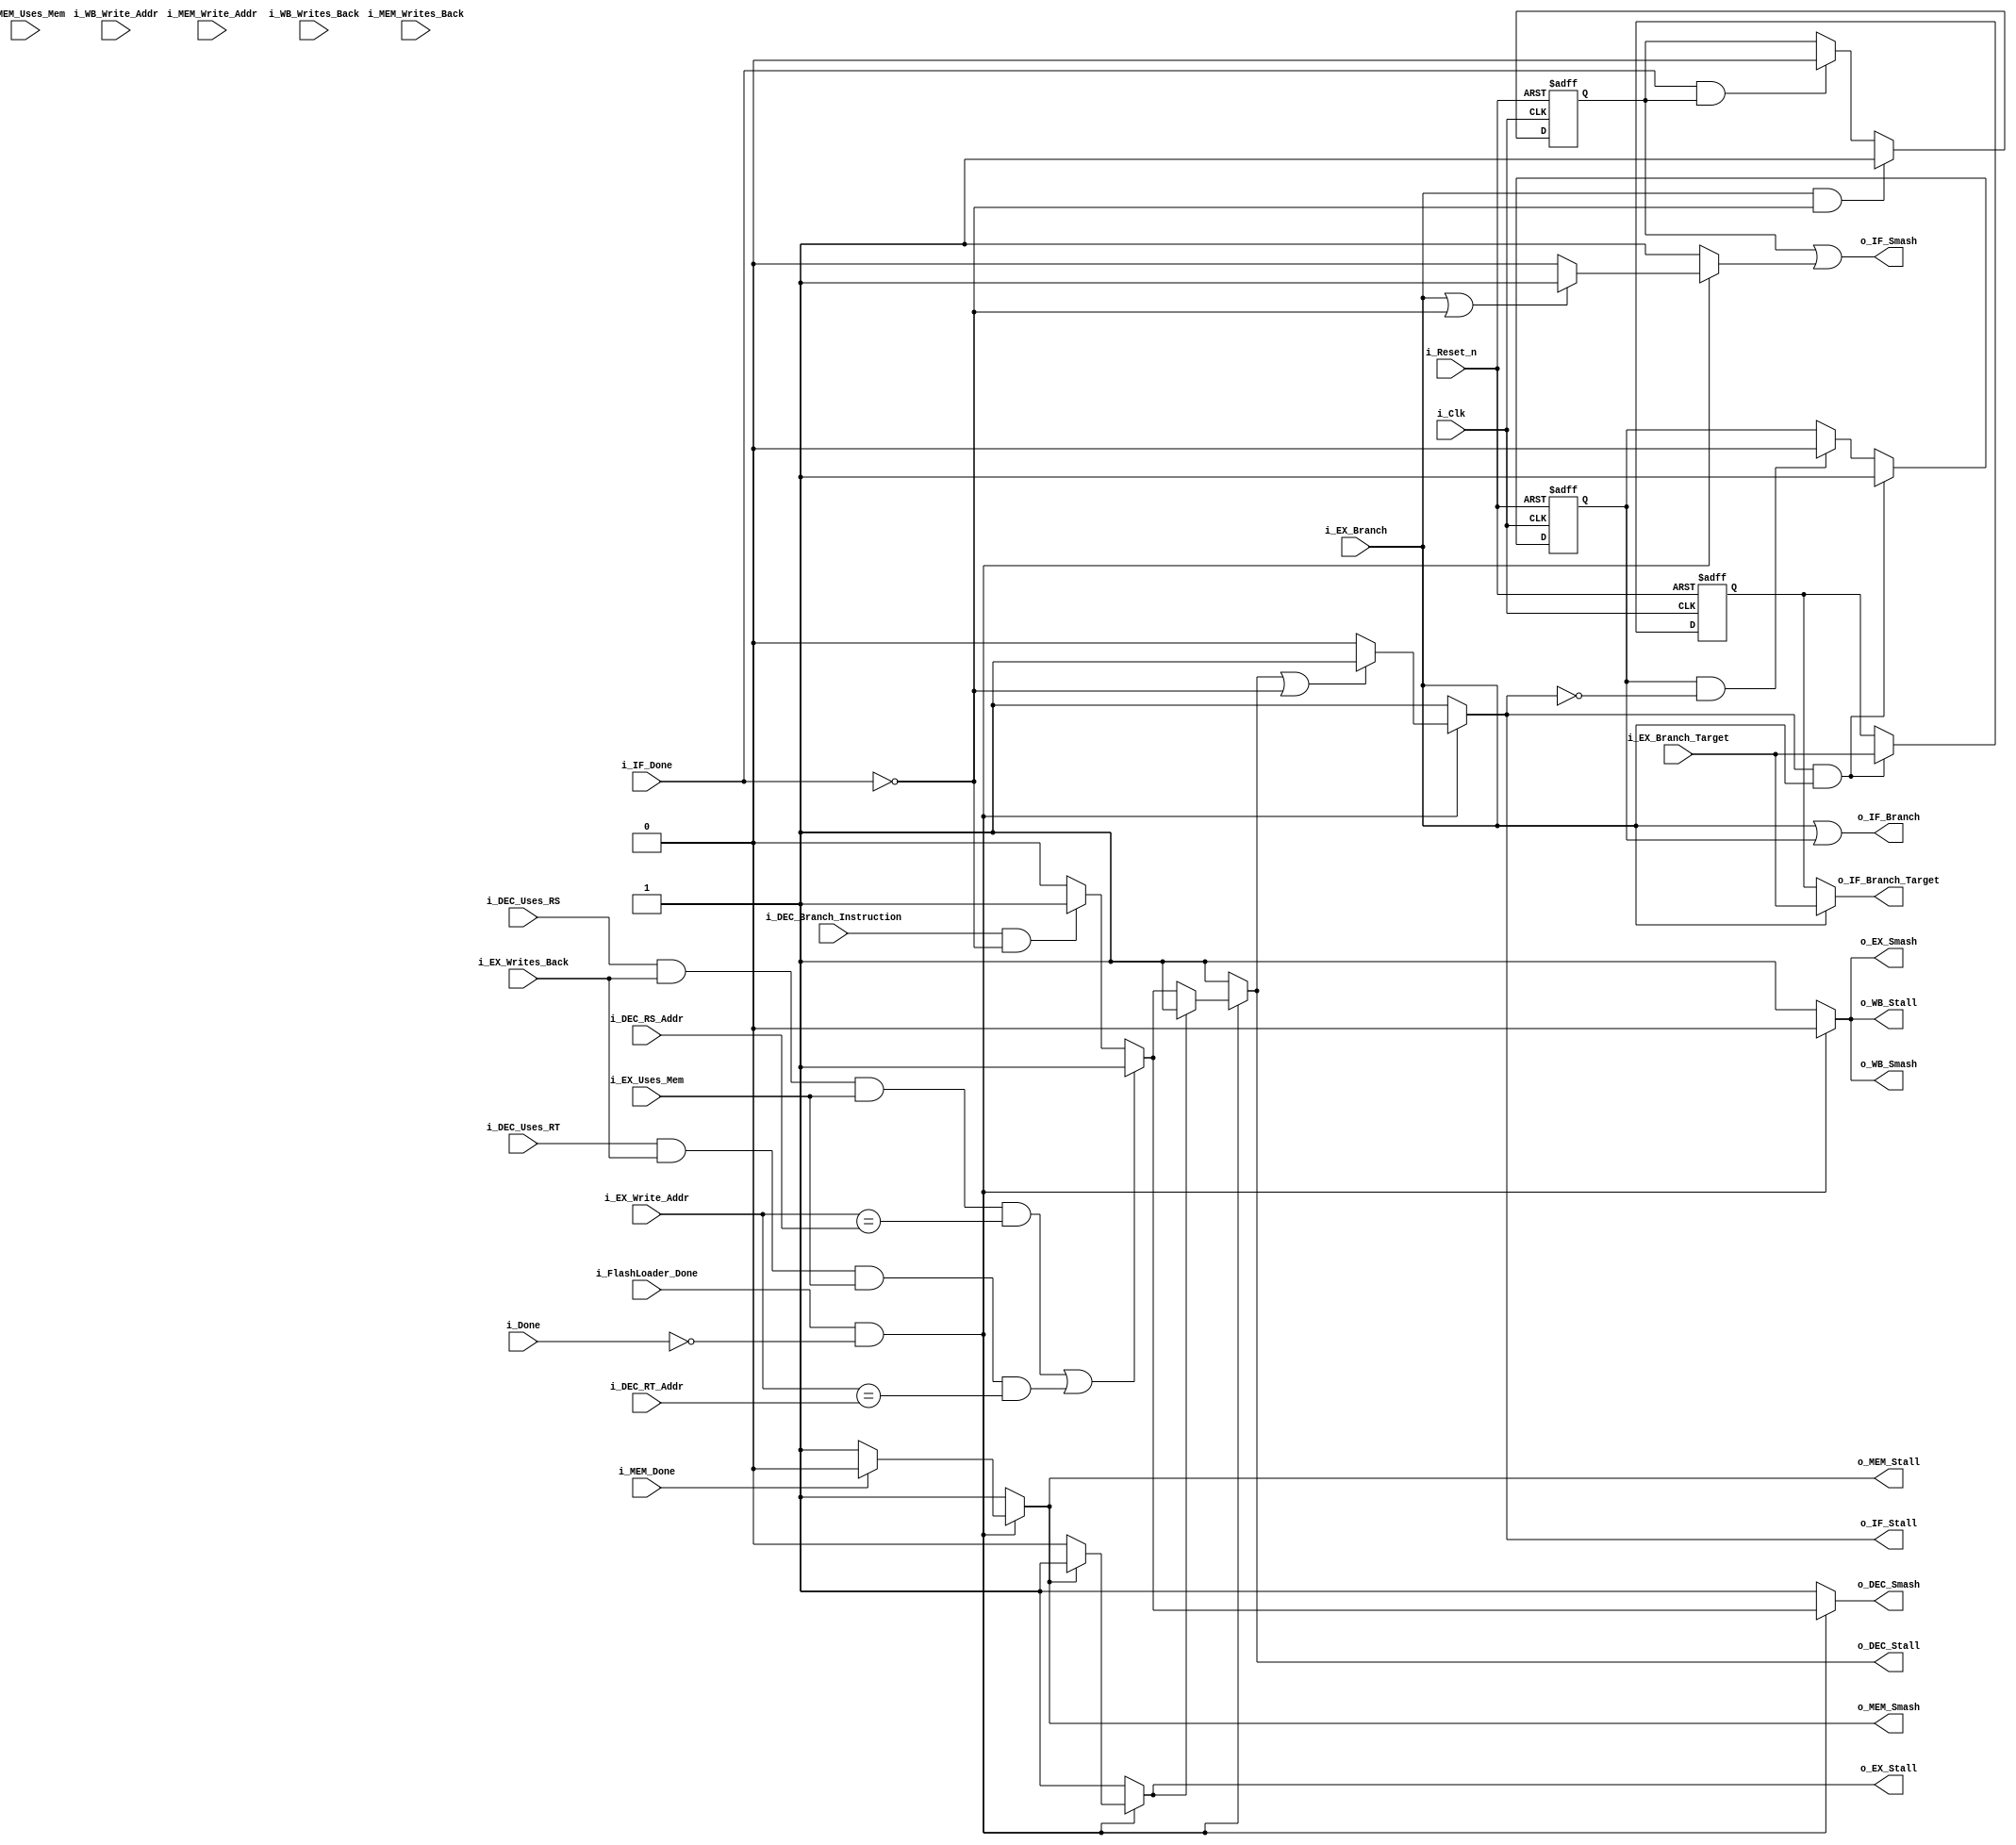
/* hazard_detection_unit.v
* Last Revision: 1/5/11
* Abstract:
*	Contains all of the nightmarish logic for determining when the processor
* should stall, and how it should stall. You are not expected to understand this.
*/
module hazard_detection_unit	#(	parameter DATA_WIDTH=32,
									parameter ADDRESS_WIDTH=32,
									parameter REG_ADDR_WIDTH=5
							)
							(
								input i_Clk,
								input i_Reset_n,
							
								//==============================================
								// Info about processor's overall state
								input i_FlashLoader_Done,						// Whether the flashloader has completed operation yet or not
								input i_Done,										// Whether we have observed the 'done' signal or not
							
								//==============================================
								// Hazard in DECODE?
								input i_DEC_Uses_RS,								// DEC wants to use RS
								input [REG_ADDR_WIDTH-1:0] i_DEC_RS_Addr,		// RS request addr.
								input i_DEC_Uses_RT,								// DEC wants to use RT
								input [REG_ADDR_WIDTH-1:0] i_DEC_RT_Addr,		// RT request addr.
								input i_DEC_Branch_Instruction,						// There is a branch inst. in DEC.
								
								//===============================================
								// Feedback from IF
								input i_IF_Done,									// If IF's value has reached steady state
								
								// Feedback from EX
								input i_EX_Writes_Back,								// EX is valid for analysis
								input i_EX_Uses_Mem,
								input [REG_ADDR_WIDTH-1:0] i_EX_Write_Addr,							// What EX will write to
								input i_EX_Branch,									// If EX says we are branching
								input [ADDRESS_WIDTH-1:0] i_EX_Branch_Target,
								
								// Feedback from MEM
								input i_MEM_Uses_Mem,									// If it's a memop
								input i_MEM_Writes_Back,							// MEM is valid for analysis
								input [REG_ADDR_WIDTH-1:0] i_MEM_Write_Addr,			// What MEM will write to
								input i_MEM_Done,									// If MEM's value has reached steady state								
								
								
								// Feedback from WB
								input i_WB_Writes_Back,								// WB is valid for analysis
								input [REG_ADDR_WIDTH-1:0] i_WB_Write_Addr,							// What WB will write to

								//===============================================
								// Branch hazard handling
								output o_IF_Branch,
								output [ADDRESS_WIDTH-1:0] o_IF_Branch_Target,
								
								//===============================================
								// IFetch validation
								output reg o_IF_Stall,
								output o_IF_Smash,
								
								// DECODE validation
								output reg o_DEC_Stall,						// Causes decode stage to stall
								output reg o_DEC_Smash,							// Smashes out contents of decode stage
								
								// EX validation
								output reg o_EX_Stall,
								output reg o_EX_Smash,
								
								// MEM validation
								output reg o_MEM_Stall,
								output reg o_MEM_Smash,
								
								output reg o_WB_Stall,
								output reg o_WB_Smash
							);
	// Consts
	localparam FALSE = 1'b0;
	localparam TRUE = 1'b1;
	
		// Internal wiring
	wire Executing = i_FlashLoader_Done && !i_Done;			// If 1, then we are currently executing code.

			// Registers for latching branches during stall periods
	reg r_Branch_IF_Hazard_Smash;							// If 1, then we must smash the next inst coming out of IF -- there was a branch while it was busy.
	reg r_IF_Smash_Transient;
	reg r_IF_Load;
	reg [ADDRESS_WIDTH-1:0] r_IF_Load_Address;
	
		// Branch handling
	assign o_IF_Smash = (r_Branch_IF_Hazard_Smash || r_IF_Smash_Transient);
	assign o_IF_Branch = i_EX_Branch || r_IF_Load;
	assign o_IF_Branch_Target = i_EX_Branch ? i_EX_Branch_Target : r_IF_Load_Address;
	
		// Hazard prevention: Smash IF instructions that are partway
		// fetched as we recognize a branch. Stop the instruction that
		// will emerge from imem from propogating through the pipeline
		// erroneously.
	always @(posedge i_Clk or negedge i_Reset_n)
	begin
		if( !i_Reset_n )
		begin
			r_Branch_IF_Hazard_Smash <= FALSE;
		end
		else
		begin
			if( i_EX_Branch && !i_IF_Done )				// Hazard - if we had to branch during IMEM's busy period (likely), then record the smash request in this register. Smash inst upon it being ready.
			begin
				r_Branch_IF_Hazard_Smash <= TRUE;
			end
			else if( i_IF_Done && r_Branch_IF_Hazard_Smash )		// Inst from IMEM is now valid - we must smash it. Account for the smash on this cycle by pulling down reg'd smash signal.
			begin
				r_Branch_IF_Hazard_Smash <= FALSE;
			end
		end
	end

		// Hazard prevention: If we recognize a branch, but IF is stalling,
		// then we should record the branch and apply it as soon as IF is
		// done stalling.
	always @(posedge i_Clk or negedge i_Reset_n)
	begin
		if( !i_Reset_n )
		begin
			r_IF_Load <= FALSE;
			r_IF_Load_Address <= {ADDRESS_WIDTH{1'bx}};
		end
		else
		begin
			if( o_IF_Stall &&
				i_EX_Branch )
			begin
				// Branch during a stalling period. Hold on to the branch.
				r_IF_Load <= TRUE;
				r_IF_Load_Address <= i_EX_Branch_Target;
			end
			else if( r_IF_Load && 
					!o_IF_Stall )
			begin
				// Came out of the stall and we had a reg'd branch request. Clear it.
				r_IF_Load <= FALSE;
			end
		end
	end
	
	
	//=============================================
	// Validation
	
		// IF validation
	always @(*)
	begin
		o_IF_Stall <= FALSE;
		r_IF_Smash_Transient <= FALSE;
		
		// If flashloader is done, check for other conditions
		if( Executing )
		begin
			// If next stage is stalling, so is this stage
			if( o_DEC_Stall || !i_IF_Done )	// Also stall on IMEM's output being invalid
			begin
				o_IF_Stall <= TRUE;
			end
			
			// If branching, smash. If output of imem is invalid, smash.
			if( i_EX_Branch || !i_IF_Done )
			begin
				r_IF_Smash_Transient <= TRUE;
			end
		end
		else	// Flashloader not done
		begin
			o_IF_Stall <= TRUE;
			r_IF_Smash_Transient <= TRUE;
		end
	end

		// DEC validation
	always @(*)
	begin
		o_DEC_Stall <= FALSE;
		o_DEC_Smash <= FALSE;
		
		// If flash is done, check for other conditions
		if( Executing )
		begin
		
			// If we have a branch operation in DEC, then we have to keep waiting
			// until the delay slot inst has been successfully read from imem
			if( i_DEC_Branch_Instruction &&
				!i_IF_Done )
			begin
				o_DEC_Smash <= TRUE;	// Do not let the branch go to EX stage
				o_DEC_Stall <= TRUE;		// Hold inst. until IF is ready
			end
		
			// If we have to wait on MEM for decoding, then do so.
			// RS/RT requires waiting on DMEM op in EX
			if( (i_DEC_Uses_RS && 
				i_EX_Writes_Back && 
				i_EX_Uses_Mem && 
				(i_EX_Write_Addr == i_DEC_RS_Addr)) ||
				( i_DEC_Uses_RT && 
				i_EX_Writes_Back && 
				i_EX_Uses_Mem && 
				(i_EX_Write_Addr == i_DEC_RT_Addr) )
				)
			begin
				o_DEC_Smash <= TRUE;
				o_DEC_Stall <= TRUE;
			end

			// Stall if next stage is stalling
			if( o_EX_Stall )
				o_DEC_Stall <= TRUE;
		end
		else
		begin
			o_DEC_Stall <= TRUE;
			o_DEC_Smash <= TRUE;
		end
	end
	
		// EX validation
	always @(*)
	begin
		o_EX_Stall <= FALSE;
		o_EX_Smash <= FALSE;
		
		if( Executing )
		begin
			if( o_MEM_Stall )
				o_EX_Stall <= TRUE;
		end
		else
		begin
			o_EX_Stall <= TRUE;
			o_EX_Smash <= TRUE;
		end
		
	end
	
		// MEM validation
	always @(*)
	begin
		o_MEM_Stall <= FALSE;
		o_MEM_Smash <= FALSE;
		
		if( Executing )
		begin
			if( !i_MEM_Done )
			begin
				o_MEM_Stall <= TRUE;
				o_MEM_Smash <= TRUE;		// Waiting on mem. Don't write back.
			end


			if( o_WB_Stall )
				o_MEM_Stall <= o_WB_Stall;
		end
		else
		begin
			o_MEM_Stall <= TRUE;
			o_MEM_Smash <= TRUE;
		end
	end
	
		// WB validation - never stall or flush wb.
	always @(*)
	begin
		o_WB_Stall <= FALSE;
		o_WB_Smash <= FALSE;
		
		if( Executing )
		begin
		end
		else
		begin
			o_WB_Stall <= TRUE;
			o_WB_Smash <= TRUE;
		end
	end
	
endmodule